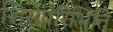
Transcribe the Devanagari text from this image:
शिरोपरिभित्ति